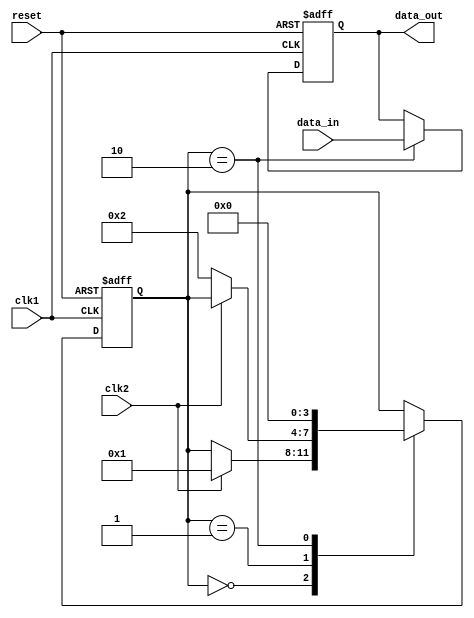
module burst_synchronizer (
    input wire clk1, // Clock signal for domain 1
    input wire clk2, // Clock signal for domain 2
    input wire reset, // Reset signal
    input wire data_in, // Input data signal
    output reg data_out // Output synchronized data signal
);

reg [3:0] state; // State variable to control synchronization process

always @(posedge clk1 or posedge reset) begin
    if (reset) begin
        state <= 4'b0000; // Reset state
        data_out <= 1'b0; // Default output value
    end else begin
        case (state)
            4'b0000: begin // Initial state
                if (clk2) begin
                    state <= 4'b0001; // Move to next state
                end
            end
            4'b0001: begin // Wait for clock 2 to synchronize
                if (!clk2) begin
                    state <= 4'b0010; // Move to next state
                end
            end
            4'b0010: begin // Synchronize data transfer
                data_out <= data_in; // Output synchronized data
                state <= 4'b0000; // Reset state for next synchronization
            end
        endcase
    end
end

endmodule